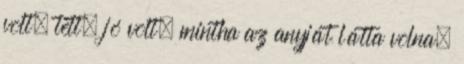
volt, tett, jó volt, mintha az anyját látta volna.